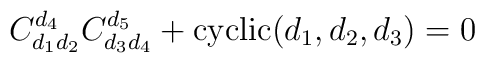
C_{d_1 d_2}^{d_4} C_{d_3 d_4}^{d_5} + \mbox{cyclic}(d_1,d_2,d_3) = 0